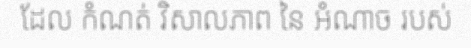
ដែល កំណត់ វិសាលភាព នៃ អំណាច របស់